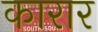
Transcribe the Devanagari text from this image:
कारार